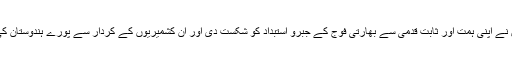
یہ آج کی کشمیری نسل کی زندگی کا مشکل ترین سال تھا ان کشمیریوں نے اپنی ہمت اور ثابت قدمی سے بھارتی فوج کے جبرو استبداد کو شکست دی اور ان کشمیریوں کے کردار سے پورے ہندوستان کی سول سوسائٹی کو ہمت ملی جو آج مودی کیخلاف اٹھ کھڑی ہوئی ہے۔